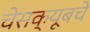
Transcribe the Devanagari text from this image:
चेसक्यूबचे